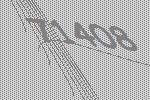
71408